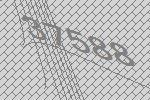
37588